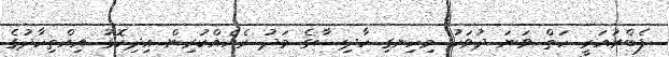
ފެބްރުއަރީ ހަތް ވަނަ ދުވަހު މިހިނގި ހާދިސާގެ މަދު ރެއެއްކުރިން އިދިކޮޅު އިއްތިހާދުގެ